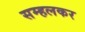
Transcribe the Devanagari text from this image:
सम्हलकर